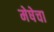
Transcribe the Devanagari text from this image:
मेषेचा